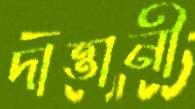
দাত্তানী